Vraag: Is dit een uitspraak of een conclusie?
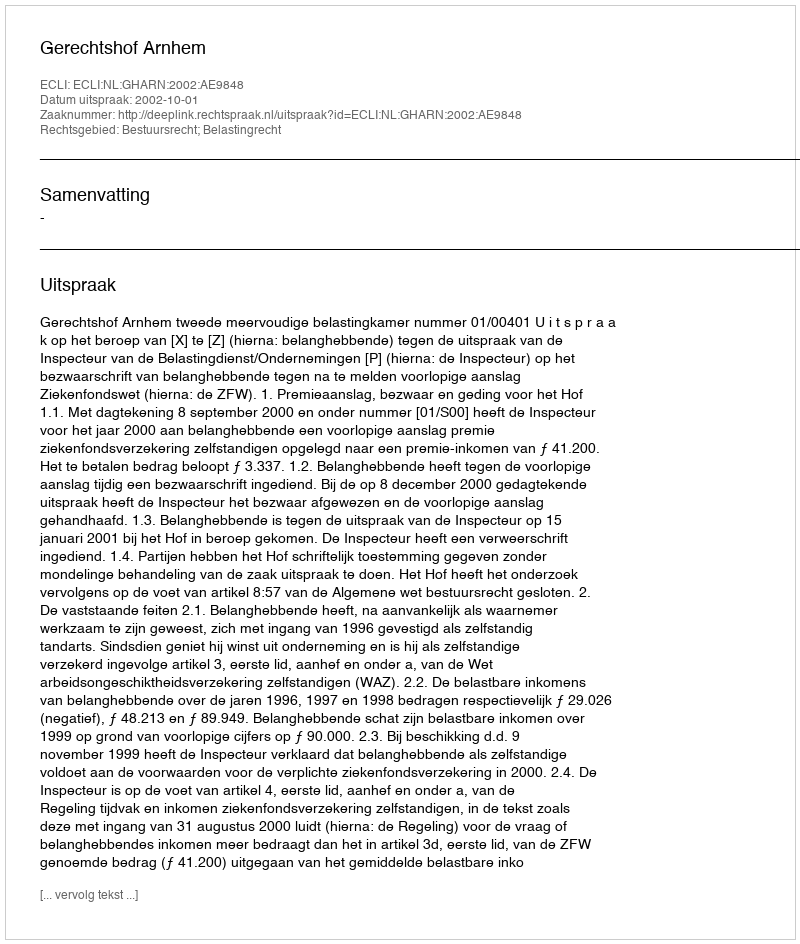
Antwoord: Uitspraak